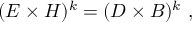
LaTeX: ( E \times H ) ^ { k } = ( D \times B ) ^ { k } \ ,